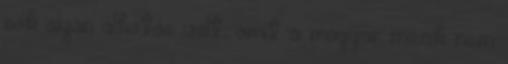
sok olyan alkotás volt, amit a magyar mozik nem